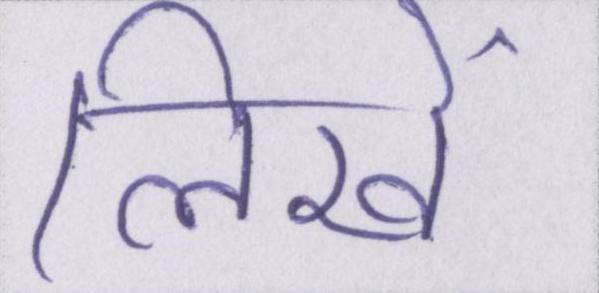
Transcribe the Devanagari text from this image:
लिखें